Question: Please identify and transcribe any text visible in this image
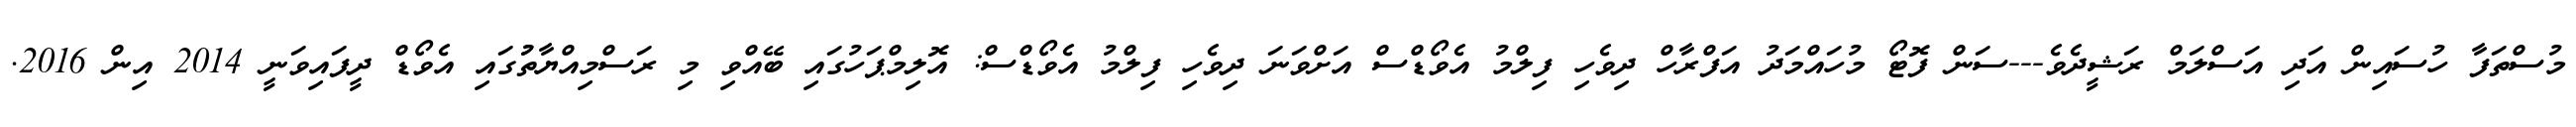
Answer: މުސްތަފާ ހުސައިން އަދި އަސްލަމް ރަޝީދެވެ---ސަން ފޮޓޯ މުހައްމަދު އަފްރާހް ދިވެހި ފިލްމު އެވޯޑްސް އަށްވަނަ ދިވެހި ފިލްމު އެވޯޑްސް: އޮލިމްޕަހުގައި ބޭއްވި މި ރަސްމިއްޔާތުުގައި އެވޯޑް ދީފައިވަނީ 2014 އިން 2016.